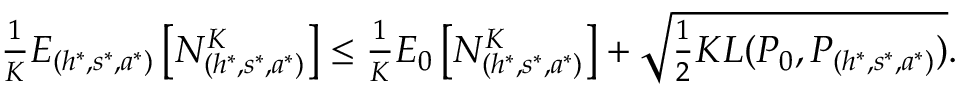
\begin{array} { r } { \frac { 1 } { K } E _ { ( h ^ { * } , s ^ { * } , a ^ { * } ) } \left[ N _ { ( h ^ { * } , s ^ { * } , a ^ { * } ) } ^ { K } \right] \leq \frac { 1 } { K } E _ { 0 } \left[ N _ { ( h ^ { * } , s ^ { * } , a ^ { * } ) } ^ { K } \right] + \sqrt { \frac { 1 } { 2 } K L ( P _ { 0 } , P _ { ( h ^ { * } , s ^ { * } , a ^ { * } ) } ) } . } \end{array}